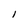
Character: 1